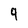
Character: q